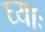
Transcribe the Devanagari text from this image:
घ्‍याः